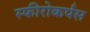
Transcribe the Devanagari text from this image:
स्फीरोकर्पस